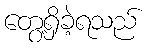
တွေ့ရှိခဲ့ရသည်